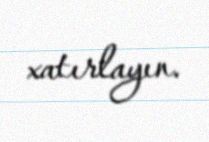
xatırlayın.